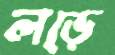
লড়ে